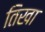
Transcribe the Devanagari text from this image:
तिखा